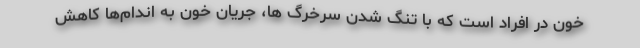
خون در افراد است که با تنگ شدن سرخرگ ها، جریان خون به اندام‌ها کاهش